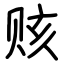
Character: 赅